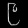
Digit: ၉